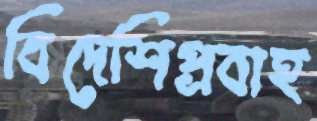
বিদেশিপ্রবাহ